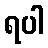
ရပါ